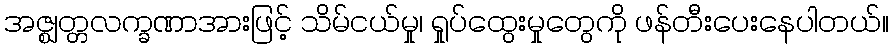
အဇ္ဈတ္တလက္ခဏာအားဖြင့် သိမ်ငယ်မှု၊ ရှုပ်ထွေးမှုတွေကို ဖန်တီးပေးနေပါတယ်။